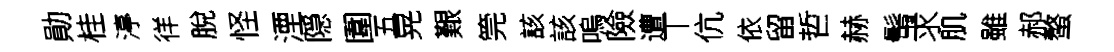
勛桂渟徉脫怪湮隠圍五晃艱筦該該嗚險遭丅伉依留哲赫髩求肌雖郝螯